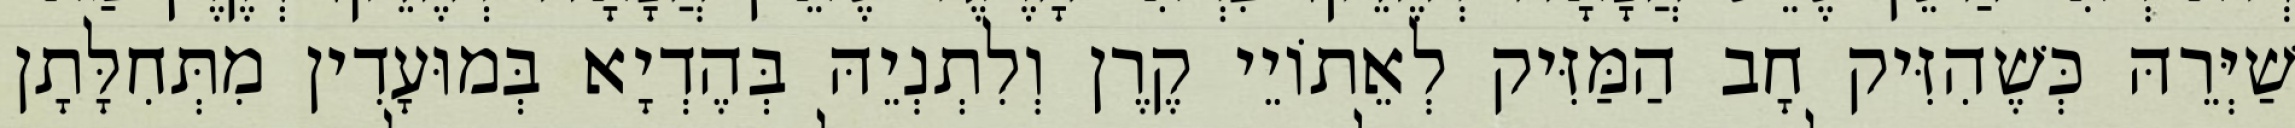
שַׁיְּרֵהּ כְּשֶׁהִזִּיק חָב הַמַּזִּיק לְאֵתוֹיֵי קֶרֶן וְלִתְנְיֵהּ בְּהֶדְיָא בְּמוּעָדִין מִתְּחִלָּתָן